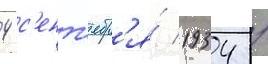
4 с'ент'ябр'я́ 1934 /